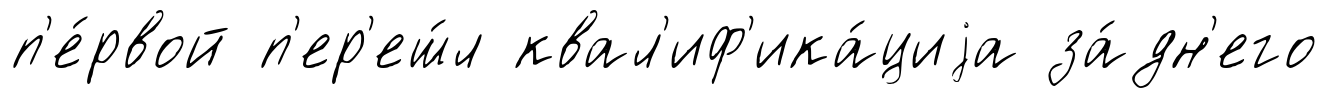
п'е́рвой п'ер'еш́л квал'иф'ика́циjа за́дн'его